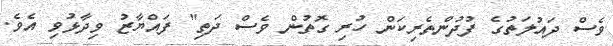
ވެސް ދައުލަތުގެ ފުދުންތެރިކަން ހުރި ގޮތުން ވެސް ދަތި" ފައްޔާޒު ވިދާޅުވި އެވެ.